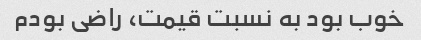
خوب بود به نسبت قیمت، راضی بودم